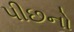
પીછનો